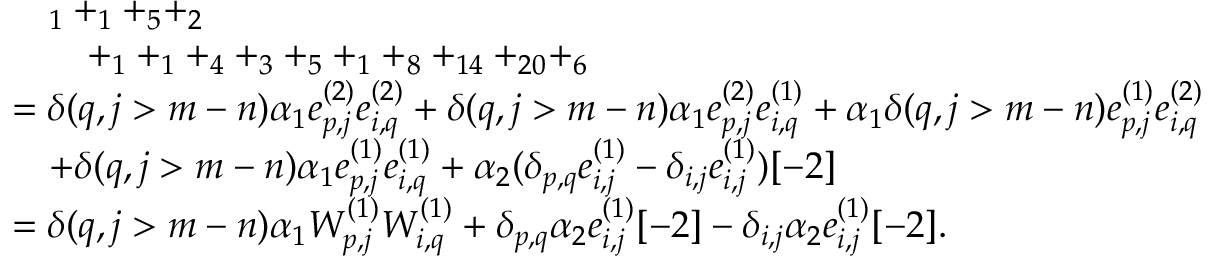
\begin{array} { r l } & { \quad _ { 1 } + _ { 1 } + _ { 5 } + _ { 2 } } \\ & { \qquad + _ { 1 } + _ { 1 } + _ { 4 } + _ { 3 } + _ { 5 } + _ { 1 } + _ { 8 } + _ { 1 4 } + _ { 2 0 } + _ { 6 } } \\ & { = \delta ( q , j > m - n ) \alpha _ { 1 } e _ { p , j } ^ { ( 2 ) } e _ { i , q } ^ { ( 2 ) } + \delta ( q , j > m - n ) \alpha _ { 1 } e _ { p , j } ^ { ( 2 ) } e _ { i , q } ^ { ( 1 ) } + \alpha _ { 1 } \delta ( q , j > m - n ) e _ { p , j } ^ { ( 1 ) } e _ { i , q } ^ { ( 2 ) } } \\ & { \quad + \delta ( q , j > m - n ) \alpha _ { 1 } e _ { p , j } ^ { ( 1 ) } e _ { i , q } ^ { ( 1 ) } + \alpha _ { 2 } ( \delta _ { p , q } e _ { i , j } ^ { ( 1 ) } - \delta _ { i , j } e _ { i , j } ^ { ( 1 ) } ) [ - 2 ] } \\ & { = \delta ( q , j > m - n ) \alpha _ { 1 } W _ { p , j } ^ { ( 1 ) } W _ { i , q } ^ { ( 1 ) } + \delta _ { p , q } \alpha _ { 2 } e _ { i , j } ^ { ( 1 ) } [ - 2 ] - \delta _ { i , j } \alpha _ { 2 } e _ { i , j } ^ { ( 1 ) } [ - 2 ] . } \end{array}